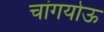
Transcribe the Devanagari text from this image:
चांगयोऊ